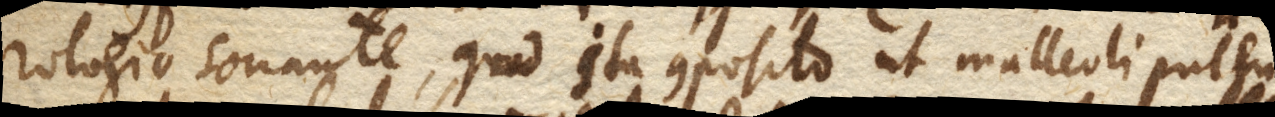
rologio sonante, quod ita composito ut malleoli pulsu